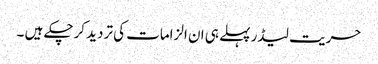
حریت لیڈر پہلے ہی ان الزامات کی تردید کرچکے ہیں ۔